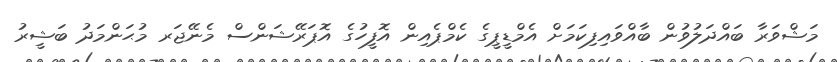
މަޝްވަރާ ބައްދަލުވުން ބާއްވައިފިކަމަށް އެމްޑީޕީގެ ކެމްޕެއިން އޮފީހުގެ އޮޕަރޭޝަންސް މެނޭޖަރ މުޙަންމަދު ބަޝީރު